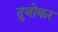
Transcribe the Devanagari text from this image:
दुबोकर